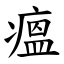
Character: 瘟